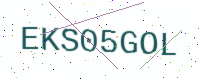
Text: EKS05GOL